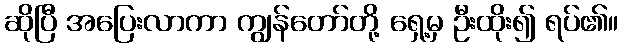
ဆိုပြီ အပြေးလာကာ ကျွန်တော်တို့ ရှေ့မှ ဦးထိုး၍ ရပ်၏။